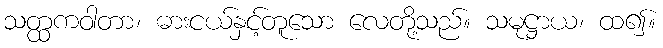
သတ္ထကဝါတာ၊ ဓားငယ်နှင့်တူသော လေတို့သည်။ သမုဋ္ဌာယ၊ ထ၍။